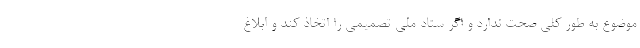
موضوع به طور کلی صحت ندارد و اگر ستاد ملی تصمیمی را اتخاذ کند و ابلاغ